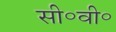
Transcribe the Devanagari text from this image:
सी॰वी॰